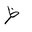
Letter: _za